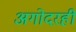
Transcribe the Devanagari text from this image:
अगोदरही